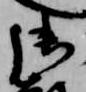
御